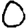
Digit: 0